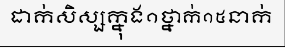
ដាក់សិស្សក្នុង១ថ្នាក់១៥នាក់